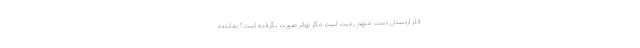
فلز اردستان دست متهم رعیت است مگر تهاتر صورت نگرفته است؟ نماینده